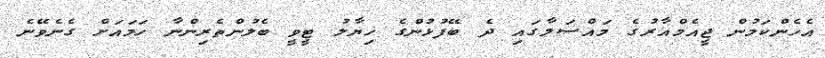
އެހެންކަމުން ޖީއެމްއާރުގެ މައްސަލާގައި ދެ ބޭފުޅުންގެ ޚިޔާލު ޓީވީ ބެލުންތެރިންނާ ހަމައަށް ގެނެވޭނެ